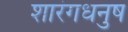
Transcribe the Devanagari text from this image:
शारंगधनुष